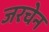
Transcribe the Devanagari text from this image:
जरचेन